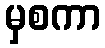
မှစကာ